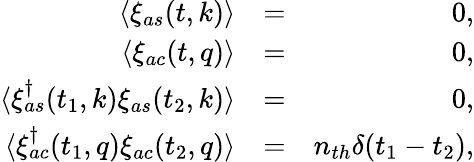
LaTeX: \begin{array}{rlr}{\langle\xi_{as}(t,k)\rangle}&{=}&{0,}\\ {\langle\xi_{ac}(t,q)\rangle}&{=}&{0,}\\ {\langle\xi_{as}^{\dagger}(t_{1},k)\xi_{as}(t_{2},k)\rangle}&{=}&{0,}\\ {\langle\xi_{ac}^{\dagger}(t_{1},q)\xi_{ac}(t_{2},q)\rangle}&{=}&{n_{th}\delta(t_{1}-t_{2}),}\end{array}